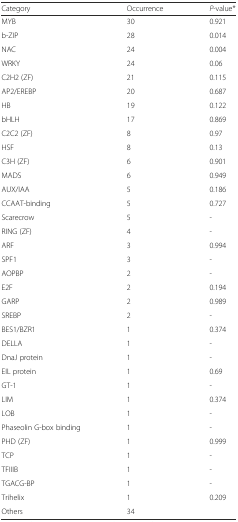
<table><thead><tr><td><b>Category</b></td><td><b>Occurrence</b></td><td><b><i>P</i>-value*</b></td></tr></thead><tbody><tr><td>MYB</td><td>30</td><td>0.921</td></tr><tr><td>b-ZIP</td><td>28</td><td>0.014</td></tr><tr><td>NAC</td><td>24</td><td>0.004</td></tr><tr><td>WRKY</td><td>24</td><td>0.06</td></tr><tr><td>C2H2 (ZF)</td><td>21</td><td>0.115</td></tr><tr><td>AP2/EREBP</td><td>20</td><td>0.687</td></tr><tr><td>HB</td><td>19</td><td>0.122</td></tr><tr><td>bHLH</td><td>17</td><td>0.869</td></tr><tr><td>C2C2 (ZF)</td><td>8</td><td>0.97</td></tr><tr><td>HSF</td><td>8</td><td>0.13</td></tr><tr><td>C3H (ZF)</td><td>6</td><td>0.901</td></tr><tr><td>MADS</td><td>6</td><td>0.949</td></tr><tr><td>AUX/IAA</td><td>5</td><td>0.186</td></tr><tr><td>CCAAT-binding</td><td>5</td><td>0.727</td></tr><tr><td>Scarecrow</td><td>5</td><td>-</td></tr><tr><td>RING (ZF)</td><td>4</td><td>-</td></tr><tr><td>ARF</td><td>3</td><td>0.994</td></tr><tr><td>SPF1</td><td>3</td><td>-</td></tr><tr><td>AOPBP</td><td>2</td><td>-</td></tr><tr><td>E2F</td><td>2</td><td>0.194</td></tr><tr><td>GARP</td><td>2</td><td>0.989</td></tr><tr><td>SREBP</td><td>2</td><td>-</td></tr><tr><td>BES1/BZR1</td><td>1</td><td>0.374</td></tr><tr><td>DELLA</td><td>1</td><td>-</td></tr><tr><td>DnaJ protein</td><td>1</td><td>-</td></tr><tr><td>EIL protein</td><td>1</td><td>0.69</td></tr><tr><td>GT-1</td><td>1</td><td>-</td></tr><tr><td>LIM</td><td>1</td><td>0.374</td></tr><tr><td>LOB</td><td>1</td><td>-</td></tr><tr><td>Phaseolin G-box binding</td><td>1</td><td>-</td></tr><tr><td>PHD (ZF)</td><td>1</td><td>0.999</td></tr><tr><td>TCP</td><td>1</td><td>-</td></tr><tr><td>TFIIIB</td><td>1</td><td>-</td></tr><tr><td>TGACG-BP</td><td>1</td><td>-</td></tr><tr><td>Trihelix</td><td>1</td><td>0.209</td></tr><tr><td>Others</td><td>34</td><td></td></tr></tbody></table>